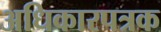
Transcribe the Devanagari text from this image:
अधिकारपत्रक